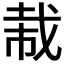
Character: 𫻭